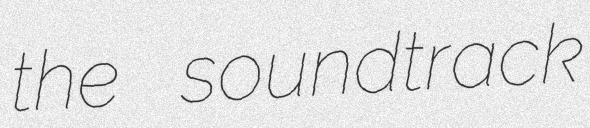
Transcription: the soundtrack